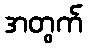
အတွက်